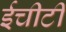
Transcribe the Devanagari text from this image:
ईचीटी